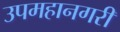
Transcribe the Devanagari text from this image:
उपमहानगरी